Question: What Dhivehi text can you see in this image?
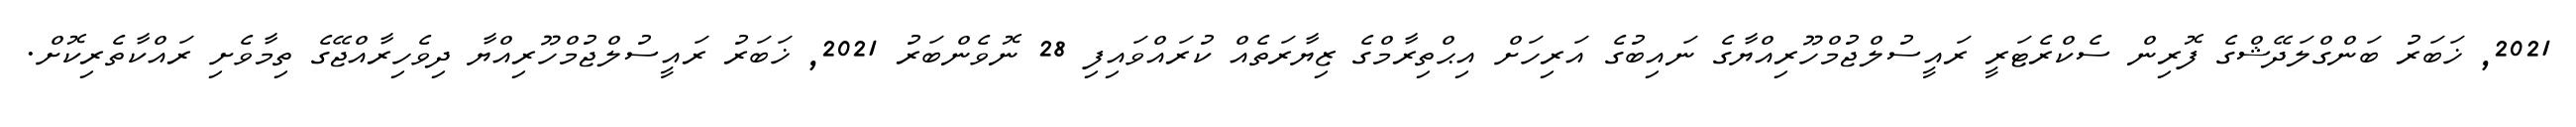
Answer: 2021, ޚަބަރު ބަންގްލަދޭޝްގެ ފޮރިން ސެކްރެޓަރީ ރައީސުލްޖުމްހޫރިއްޔާގެ ނައިބުގެ އަރިހަށް އިޙްތިރާމްގެ ޒިޔާރަތެއް ކުރައްވައިފި 28 ނޮވެންބަރު 2021, ޚަބަރު ރައީސުލްޖުމްހޫރިއްޔާ ދިވެހިރާއްޖޭގެ ތިމާވެށި ރައްކާތެރިކޮށް.